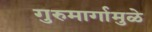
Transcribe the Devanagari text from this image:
गुरुमार्गामुळे